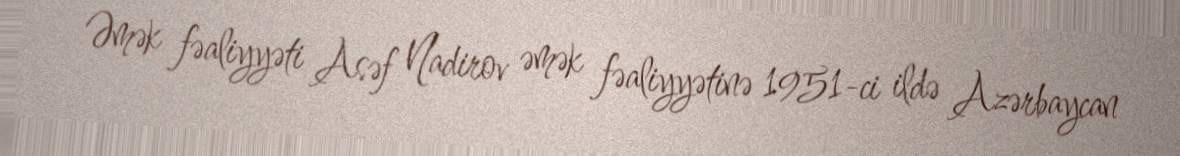
Əmək fəaliyyəti Asəf Nadirov əmək fəaliyyətinə 1951-ci ildə Azərbaycan